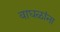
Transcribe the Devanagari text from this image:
वाघळांना